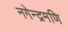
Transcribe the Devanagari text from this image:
नगेन्द्रमणि